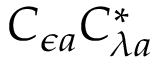
C _ { \epsilon a } C _ { \lambda a } ^ { * }